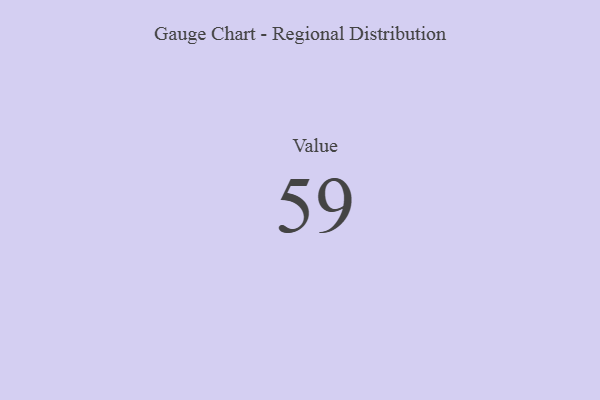
{"axis": {"x": "Metric", "y": "Value"}, "legend": [""], "data": [{"x": "Value", "y": 59, "type": ""}]}